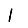
Digit: 1